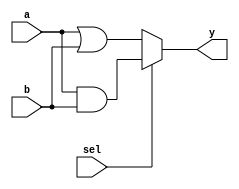
module combinational_logic (
    input wire a,      // Input signal a
    input wire b,      // Input signal b
    input wire sel,    // Select signal for output logic
    output reg y       // Output signal y
);

// Always block with sensitivity list
always @ (a or b or sel) begin
    // Continuous assignment using the = operator
    if (sel) begin
        y = a & b;    // AND operation when sel is high
    end else begin
        y = a | b;    // OR operation when sel is low
    end
end

endmodule